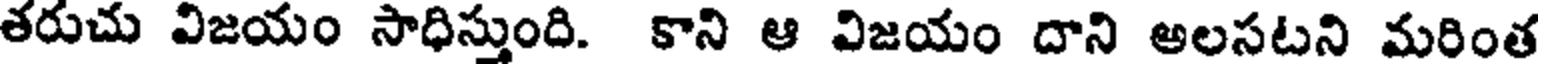
తరుచు విజయం సాధిస్తుంది. కాని ఆ విజయం దాని అలసటని మరింత